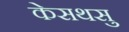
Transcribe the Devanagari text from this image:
केसथसु